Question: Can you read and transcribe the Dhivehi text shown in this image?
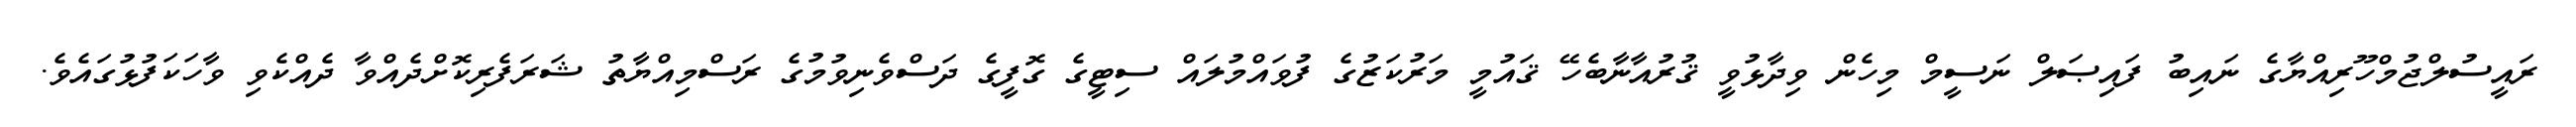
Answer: ރައީސުލްޖުމްހޫރިއްޔާގެ ނައިބު ފައިޞަލް ނަސީމް މިހެން ވިދާޅުވީ ޤުރުއާނާބެހޭ ޤައުމީ މަރުކަޒުގެ ފުވައްމުލައް ސިޓީގެ ގޮފީގެ ދަސްވެނިވުމުގެ ރަސްމިއްޔާތު ޝަރަފެރިކޮށްދެއްވާ ދެއްކެވި ވާހަކަފުޅުގައެވެ.